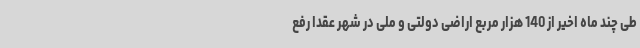
طی چند ماه اخیر از 140 هزار مربع اراضی دولتی و ملی در شهر عقدا رفع